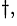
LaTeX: ^{\dagger,}